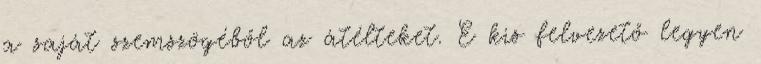
a saját szemszögéből az átélteket. E kis felvezető legyen